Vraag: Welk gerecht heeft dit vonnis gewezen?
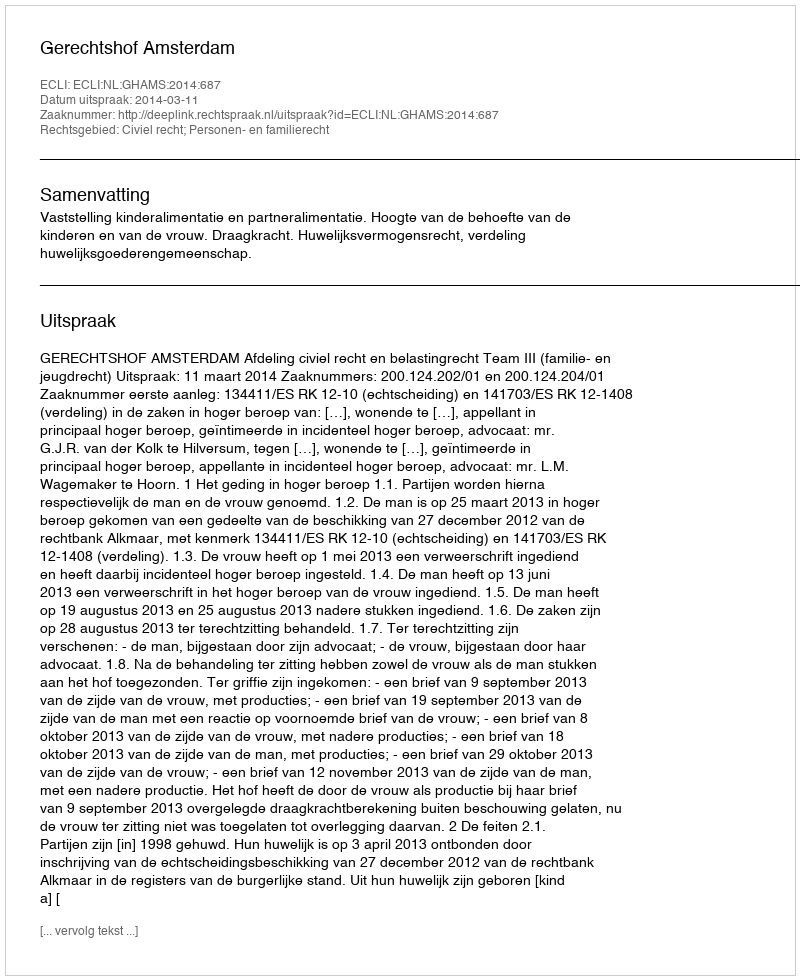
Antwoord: Gerechtshof Amsterdam